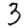
Digit: 3